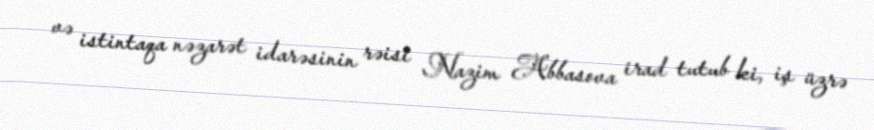
və istintaqa nəzarət idarəsinin rəisi Nazim Abbasova irad tutub ki, iş üzrə